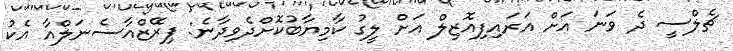
ޗެލްސީ ދެ ވަނަ އަށް އަރައިފިއޮޒިލް އަށް ލީގު ކާމިޔާބުކޮށްދެވިދާނެ: ޕިރޭޒްއާސެނަލްއާ އެކު